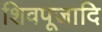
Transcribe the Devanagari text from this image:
शिवपूजादि